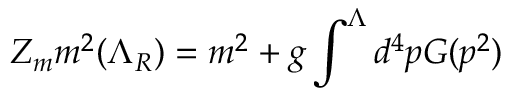
Z _ { m } m ^ { 2 } ( \Lambda _ { R } ) = m ^ { 2 } + g \int ^ { \Lambda } d ^ { 4 } p G ( p ^ { 2 } )